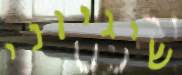
שיגיוני